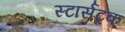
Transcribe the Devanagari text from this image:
स्टार्सट्रक